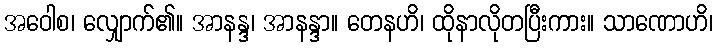
အဝေါစ၊ လျှောက်၏။ အာနန္ဒ၊ အာနန္ဒာ။ တေနဟိ၊ ထိုနာလိုတပြီးကား။ သာဏောဟိ၊